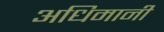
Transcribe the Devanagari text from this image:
अधिमानी